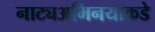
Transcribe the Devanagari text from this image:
नाट्यअभिनयाकडे